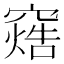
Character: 𬔓